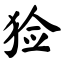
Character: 猃